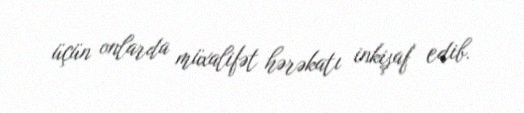
üçün onlarda müxalifət hərəkatı inkişaf edib.